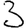
Digit: 3